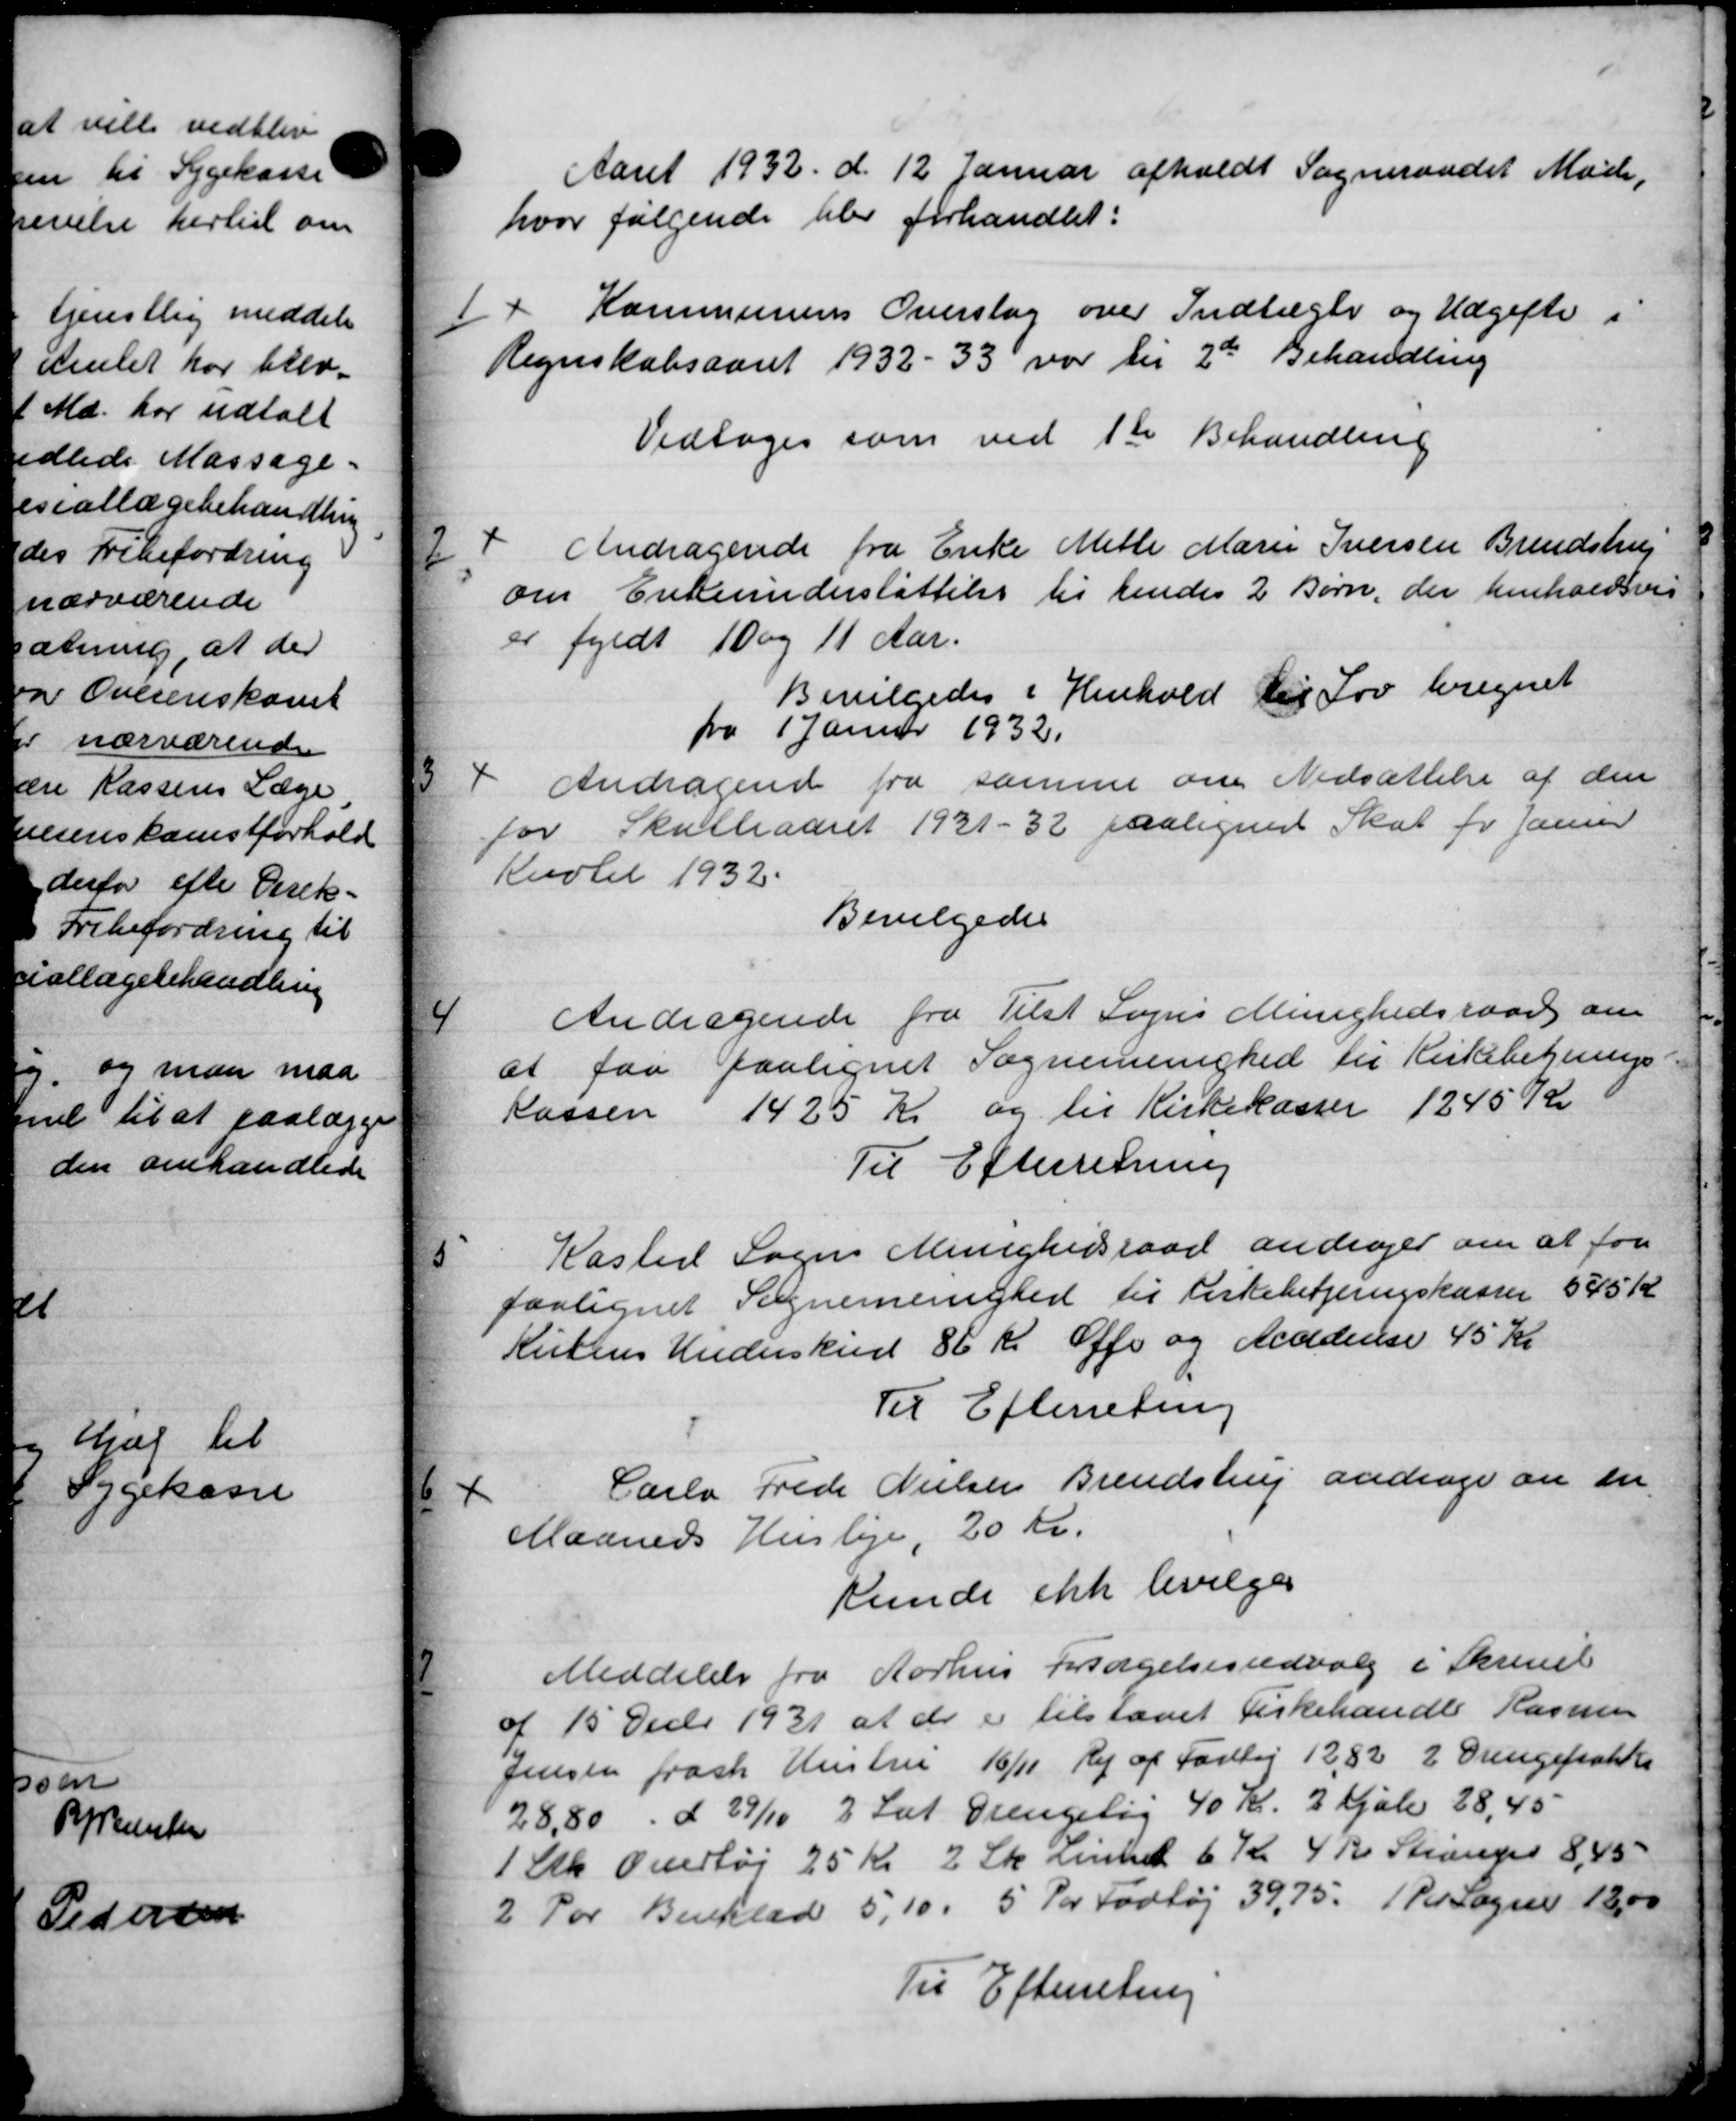
Transskription:
Aaret 1932 d. 12 Januar afholdt Sogneraadet Møde,
hvor følgende blev forhandlet:
1
Kommunens Overslag over Indtægter og Udgifter i
Regnskabsaaret 1932 - 33 var til 2de Behandling
Vedtoges som ved 1ste Behandling
2
Andragende fra Enke Mette Marie Iversen Brendstrup
om Enkeunderstøttelse til hendes 2 Børn, der henholdsvis
er fyldt 10 og 11 Aar.
Bevilgedes i Henhold til Lov beregnet
fra 1 Januar 1932.
3
Andragende fra samme om Nedsættelse af den
for Skulleaaret 1931-32 paalignes Skat for Janur
Kuolet 1932.
Bevilgedes
4
Andragende fra Tilst Sogns Menighedsraad om
at faa paalignet Sognemenighed til Kirkebegnings
Kassen 1425 Kr og til Kirkekasser 1245 Kr
Til Efterretning
5
Kaster Sogns Menighedsraad andrager om at for
paalignet Sognemenighed til Kirkebetjeringskassen 545 Kr.
Kutens Underskred 86 Kr. Offe og Accidense 45 Kr
Til Efterretning
6
Carla Frede Nielsen Brendstrup andrage om en
Maaneds Husleje, 20 Kr.
kunde ikke bevilges
7
Meddelelse fra Aarhus Forsøgelsesudvalg i Skrivel
af 15 Decbr 1931 at de er tilstaaet Cirkehandle Rasmus
Jensen frask Hustru 16/11 Vej af Forslag 12,82 2 Drengefrakke
28,80 d 29/10 2 Sæt Drengelig 40 Kr. 3 Kjole 28,45
1 Stk Overtøj 25 Kr. 2 Sk amtet 6 Kr. 4 Kr. Strange 8, 45
2 Par Benklad 5,10 . 5 for Fodtøj 39,75. 1 Par Sogne 18,00
Til Efterretning